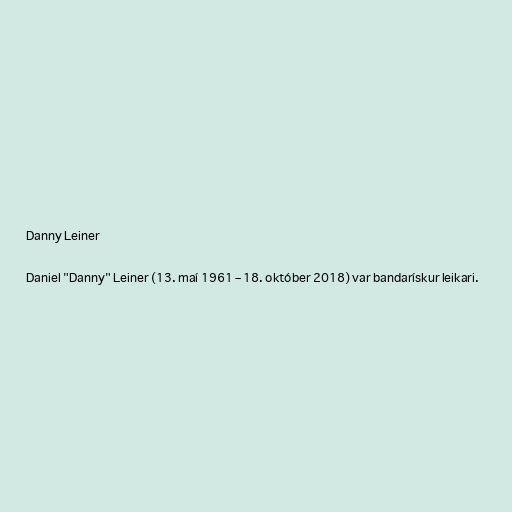
Danny Leiner

Daniel "Danny" Leiner (13. maí 1961 – 18. október 2018) var bandarískur leikari.